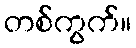
တစ်ကွက်။